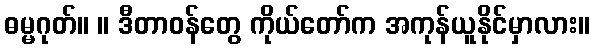
ဓမ္မဂုတ်။ ။ ဒီတာဝန်တွေ ကိုယ်တော်က အကုန်ယူနိုင်မှာလား။